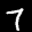
Label: 7